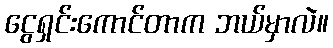
ငွေရှင်းကောင်တာက ဘယ်မှာလဲ။